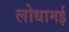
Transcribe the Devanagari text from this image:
लोधामई